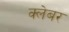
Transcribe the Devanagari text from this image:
क्लेबर